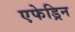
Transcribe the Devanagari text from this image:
एफेड्रिन